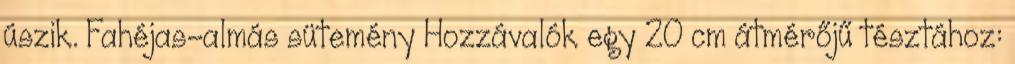
úszik. Fahéjas-almás sütemény Hozzávalók egy 20 cm átmérőjű tésztához: